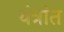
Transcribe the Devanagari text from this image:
यंत्रांत